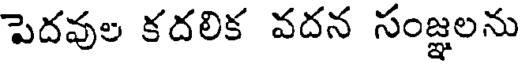
పెదవుల కదలిక వదన సంజ్ఞలను